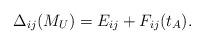
LaTeX: \begin{align*}{\Delta_{ij} (M_U)= {E_{ij}}+ F_{ij} (t_A)}.\end{align*}